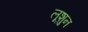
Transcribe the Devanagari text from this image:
लूशुन